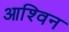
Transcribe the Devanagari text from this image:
आश्‍विन